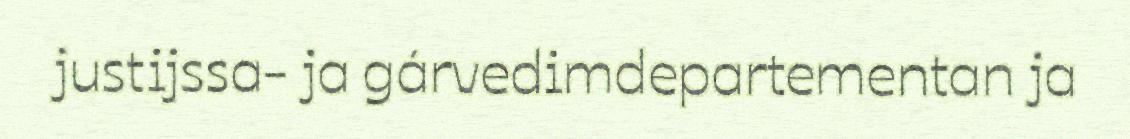
justijssa- ja gárvedimdepartementan ja